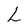
Character: L